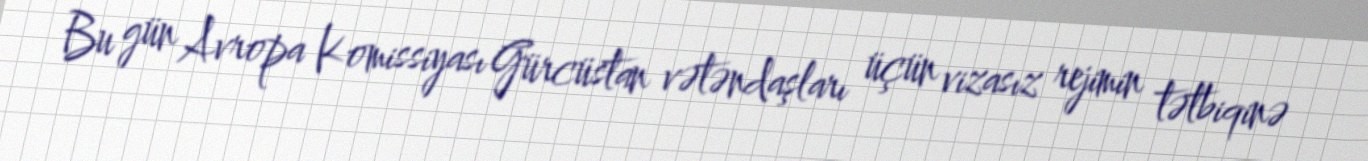
Bu gün Avropa Komissiyası Gürcüstan vətəndaşları üçün vizasız rejimin tətbiqinə